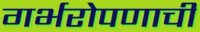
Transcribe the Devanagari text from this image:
गर्भरोपणाची